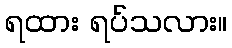
ရထား ရပ်သလား။